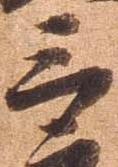
三